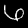
Label: 6